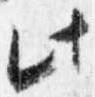
此